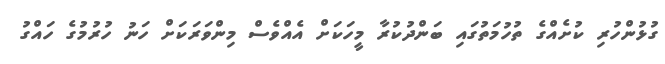
ގުޅުންހުރި ކުށެއްގެ ތުހުމަތުގައި ބަންދުކުރާ މީހަކަށް އެއްވެސް މިންވަރަކަށް ހަނު ހުރުމުގެ ހައްގު